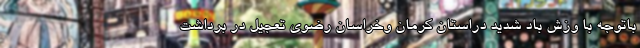
باتوجه با وزش باد شدید دراستان کرمان وخراسان رضوی تعجیل در برداشت